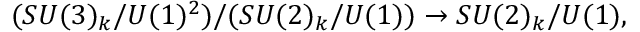
( S U ( 3 ) _ { k } / U ( 1 ) ^ { 2 } ) / ( S U ( 2 ) _ { k } / U ( 1 ) ) \rightarrow S U ( 2 ) _ { k } / U ( 1 ) ,